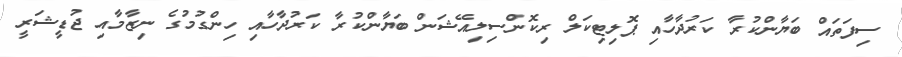
ސިފަތައް ބަޔާންކުރާ ކަރުދާހާއި ޕޮލިޓިކަލް ރިކޮންސިލިއޭޝަން ބަޔާންކުރާ ކަރުދާހާއި ހިންގުމުގެ ނިޒާމާއި ޖުޑީޝަރީ